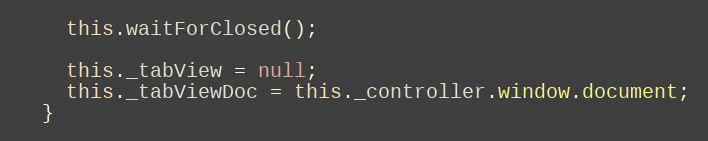
Language: JavaScript
    this.waitForClosed();

    this._tabView = null;
    this._tabViewDoc = this._controller.window.document;
  }